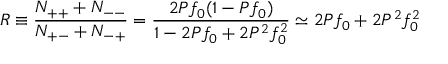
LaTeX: R \equiv { \frac { N _ { + + } + N _ { -- } } { N _ { + - } + N _ { - + } } } = { \frac { 2 { \cal P } f _ { 0 } ( 1 - { \cal P } f _ { 0 } ) } { 1 - 2 { \cal P } f _ { 0 } + 2 { \cal P } ^ { 2 } f _ { 0 } ^ { 2 } } } \simeq 2 { \cal P } f _ { 0 } + 2 { \cal P } ^ { 2 } f _ { 0 } ^ { 2 } \,